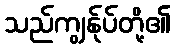
သည်ကျွန်ုပ်တို့၏